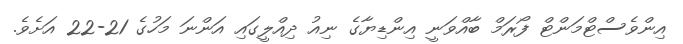
އިންވެސްޓްމަންޓް ފޯރަމް ބާއްވަނީ އިންޑިޔާގެ ނިއު ދިއްލީގައި އަންނަ މަހުގެ 21-22 އަށެވެ.